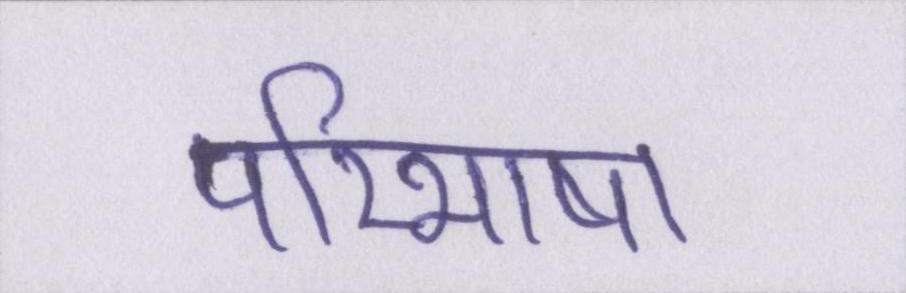
परिभाषा